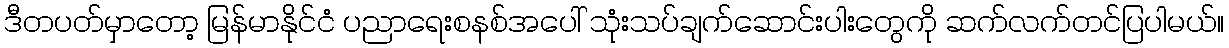
ဒီတပတ်မှာတော့ မြန်မာနိုင်ငံ ပညာရေးစနစ်အပေါ် သုံးသပ်ချက်ဆောင်းပါးတွေကို ဆက်လက်တင်ပြပါမယ်။